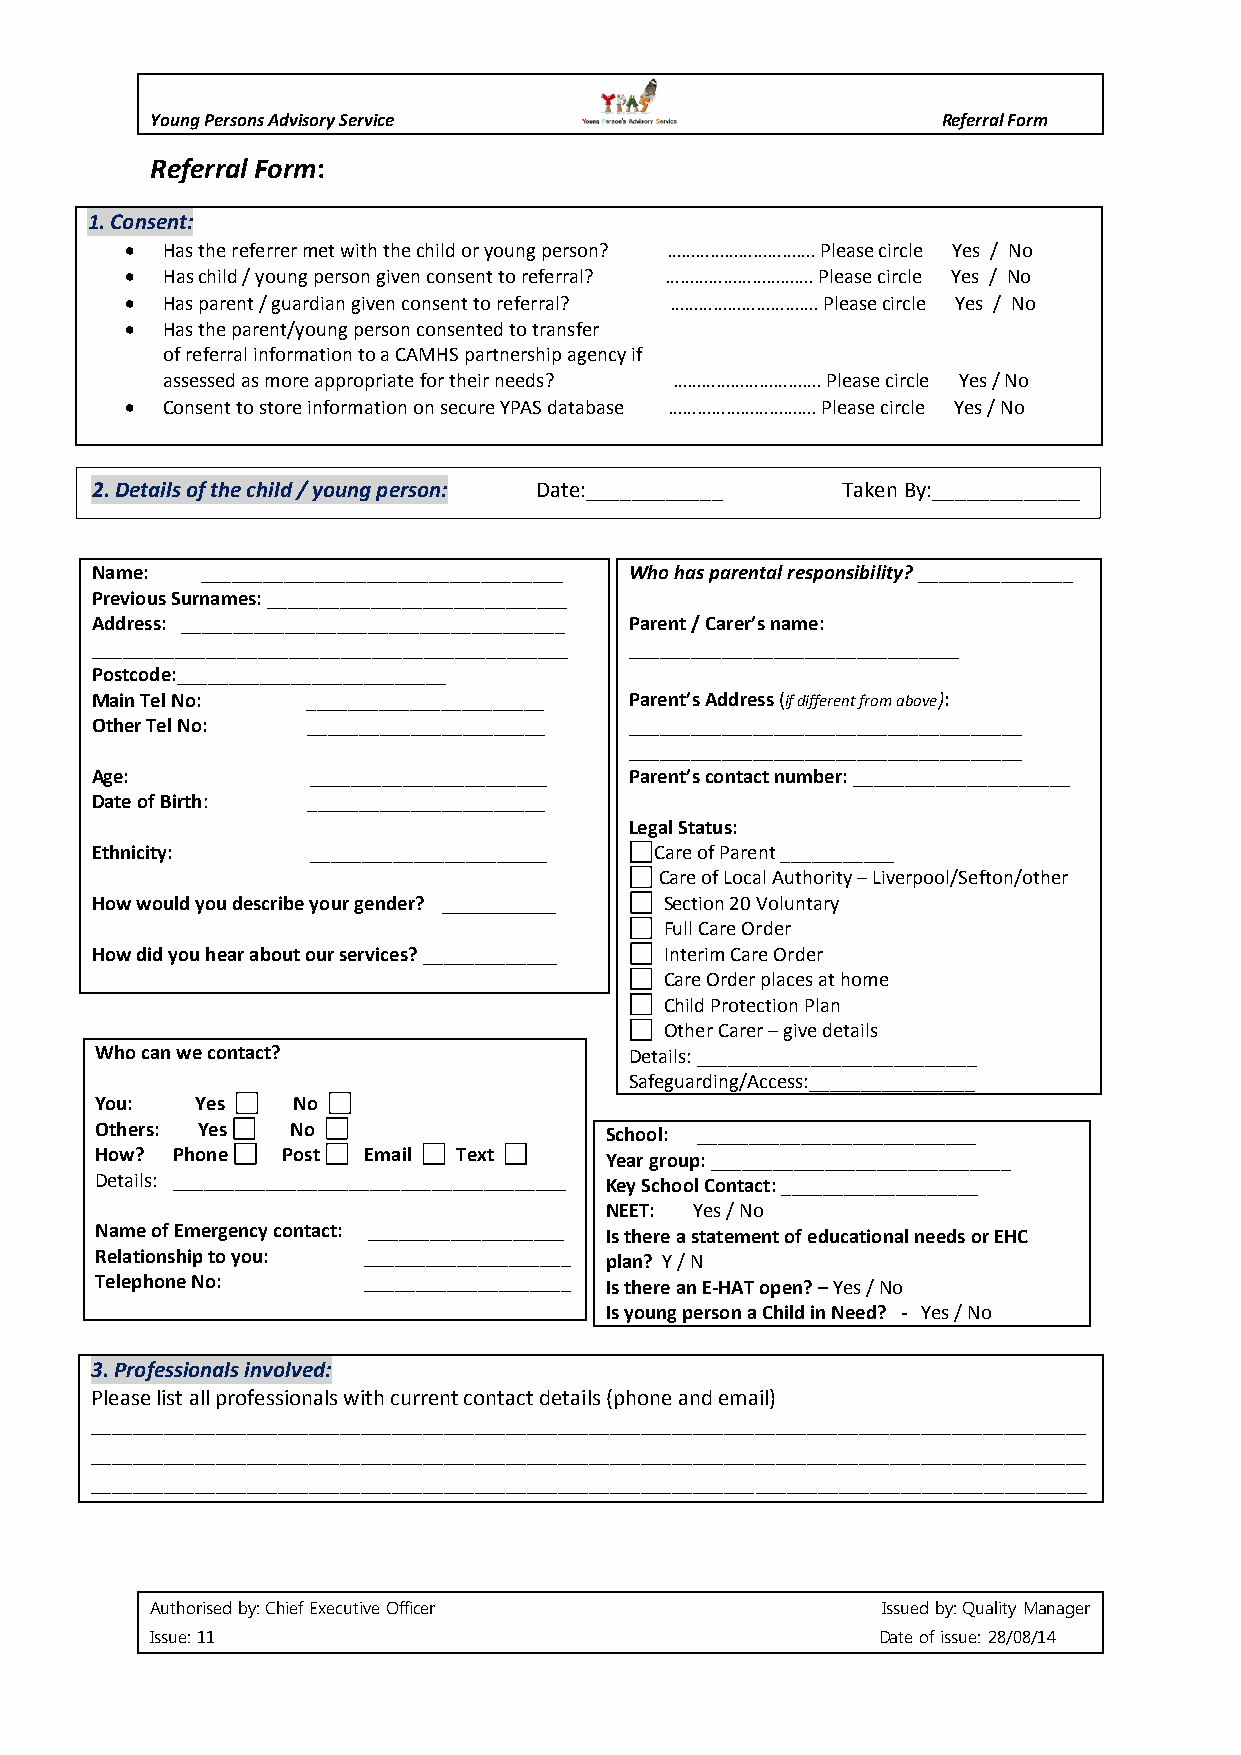
Young Persons Advisory Service                      Referral Form
 Referral Form:
 1. Consent:
   Has the referrer met with the child or young person? …………………………. Please circle Yes / No
   Has child / young person given consent to referral? …………………………. Please circle Yes / No
   Has parent / guardian given consent to referral? …………………………. Please circle Yes / No
   Has the parent/young person consented to transfer
 of referral information to a CAMHS partnership agency if
 assessed as more appropriate for their needs? …………………………. Please circle Yes / No
   Consent to store information on secure YPAS database …………………………. Please circle Yes / No
 2. Details of the child / young person: Date:____________ Taken By:_____________
 Name:  ___________________________________ W h o h a s p arental responsibility? _______________
 Previous Surnames: _____________________________
 Address: _____________________________________ Parent / Carer’s name:
 ______________________________________________ ________________________________
 Postcode:__________________________
 Main Tel No:  _______________________ Parent’s Address (if different from above):
 Other Tel No: _______________________ ______________________________________
 ______________________________________
 Age:          _______________________ Parent’s contact number: _____________________
 Date of Birth: _______________________
 Legal Status:
 Ethnicity:     _______________________ C a r e o f P a r e n t _ _ _ _ _ _ _ _ _ _ _
 Care of Local Authority – Liverpool/Sefton/other
 How would you describe your gender? ___________ Section 20 Voluntary
 Full Care Order
 How did you hear about our services? _____________ Interim Care Order
 Care Order places at home
 Child Protection Plan
 Other Carer – give details
 Who can we contact?                 Details: ___________________________
 Safeguarding/Access:________________
 You:   Yes   No
 Others: Yes  No                   School: ___________________________
 How? Phone   Post Email Text      Year group: _____________________________
 Details: ______________________________________ Key School Contact: ___________________
 NEET: Yes / No
 Name of Emergency contact: ___________________ Is there a statement of educational needs or EHC
 Relationship to you: ____________________ plan? Y / N
 Telephone No:     ____________________ I s t h e r e a n E - HAT open? – Yes / No
 Is young person a Child in Need? - Yes / No
 3. Professionals involved:
 Please list all professionals with current contact details (phone and email)
 ________________________________________________________________________________________________
 ________________________________________________________________________________________________
 ________________________________________________________________________________________________
 Authorised by: Chief Executive Officer          Issued by: Quality Manager
 Issue: 11                                       Date of issue: 28/08/14